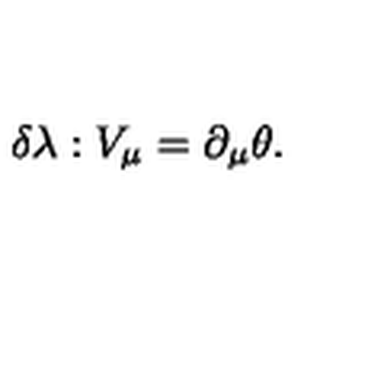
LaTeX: \delta \lambda : V _ { \mu } = \partial _ { \mu } \theta .